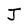
Character: J